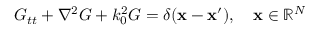
G _ { t t } + \nabla ^ { 2 } G + k _ { 0 } ^ { 2 } G = \delta ( \mathbf { x } - \mathbf { x } ^ { \prime } ) , \quad \mathbf { x } \in \mathbb { R } ^ { N }